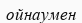
ойнаумен